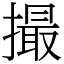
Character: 撮